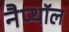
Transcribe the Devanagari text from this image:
नैप्थॉल